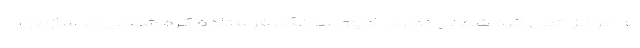
به مراکز اتمی کره شمالی ندارد. ­ کیم سونگ، فرستاده کره شمالی در سازمان